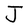
Character: J